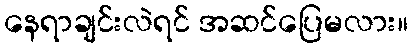
နေရာချင်းလဲရင် အဆင်ပြေမလား။